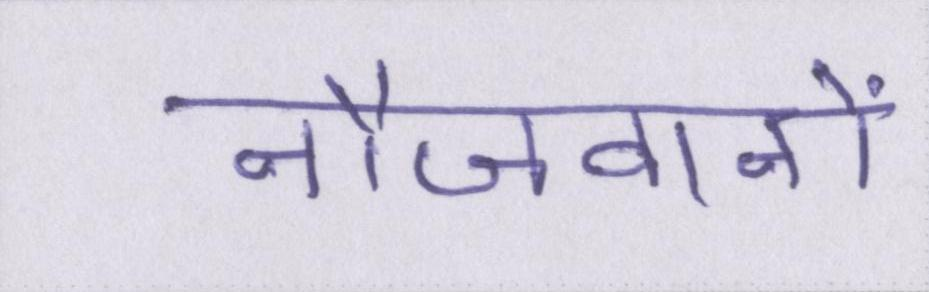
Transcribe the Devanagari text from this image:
नौजवानों